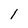
Character: 1